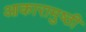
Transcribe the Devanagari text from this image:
आकारामुष्ठी